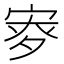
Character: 𡨨